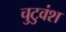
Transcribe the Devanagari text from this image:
चुटुवंश